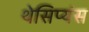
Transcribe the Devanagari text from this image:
थेसिप्यंस